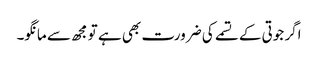
اگر جوتی کے تسمے کی ضرورت بھی ہے تو مجھ سے مانگو۔